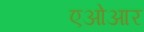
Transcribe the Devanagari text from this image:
एओआर